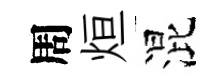
周烜混